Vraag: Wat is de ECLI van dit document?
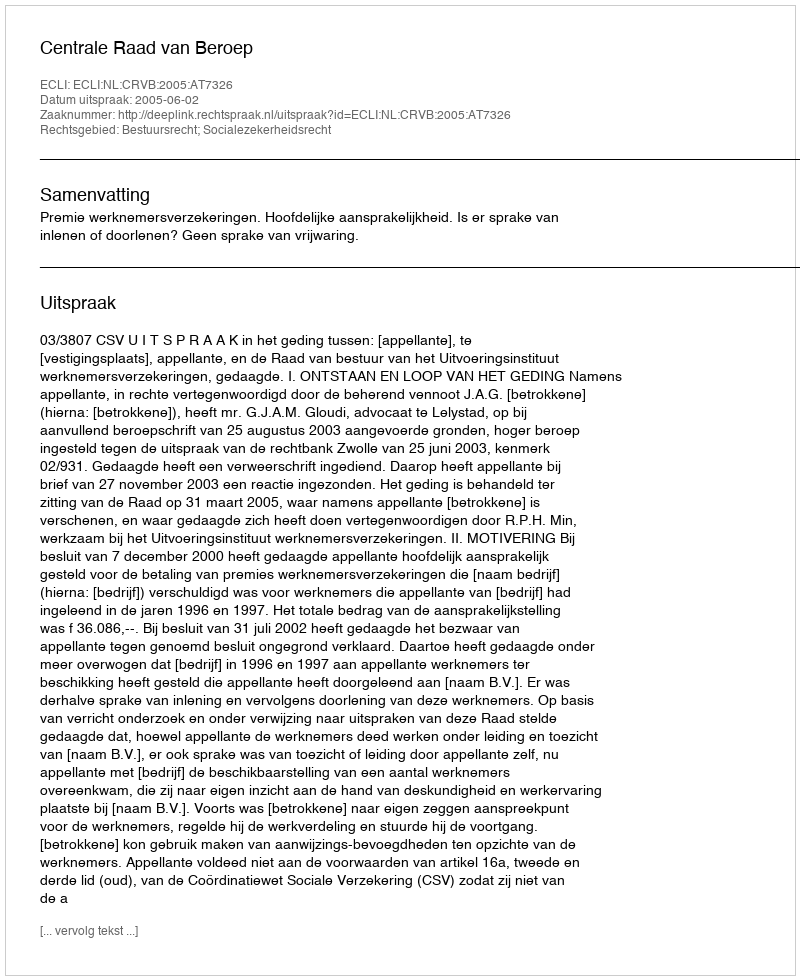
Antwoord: ECLI:NL:CRVB:2005:AT7326